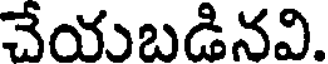
చేయుబడినవి.